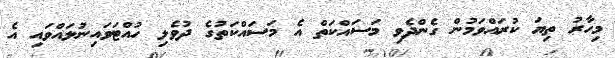
މިހާރު ތިޔަ ކުރައްވަމުން ގެންދެވި މަސައްކަތް އެ މަސައްކަތުގެ ދުވެލި ހުއްޓަވައިނުލައްވައި އެ